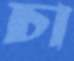
চা